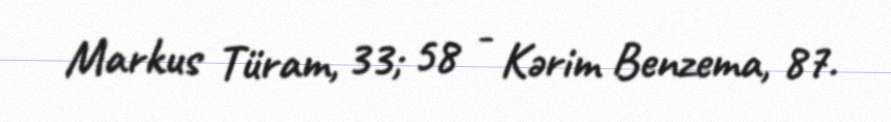
Markus Türam, 33; 58 - Kərim Benzema, 87.